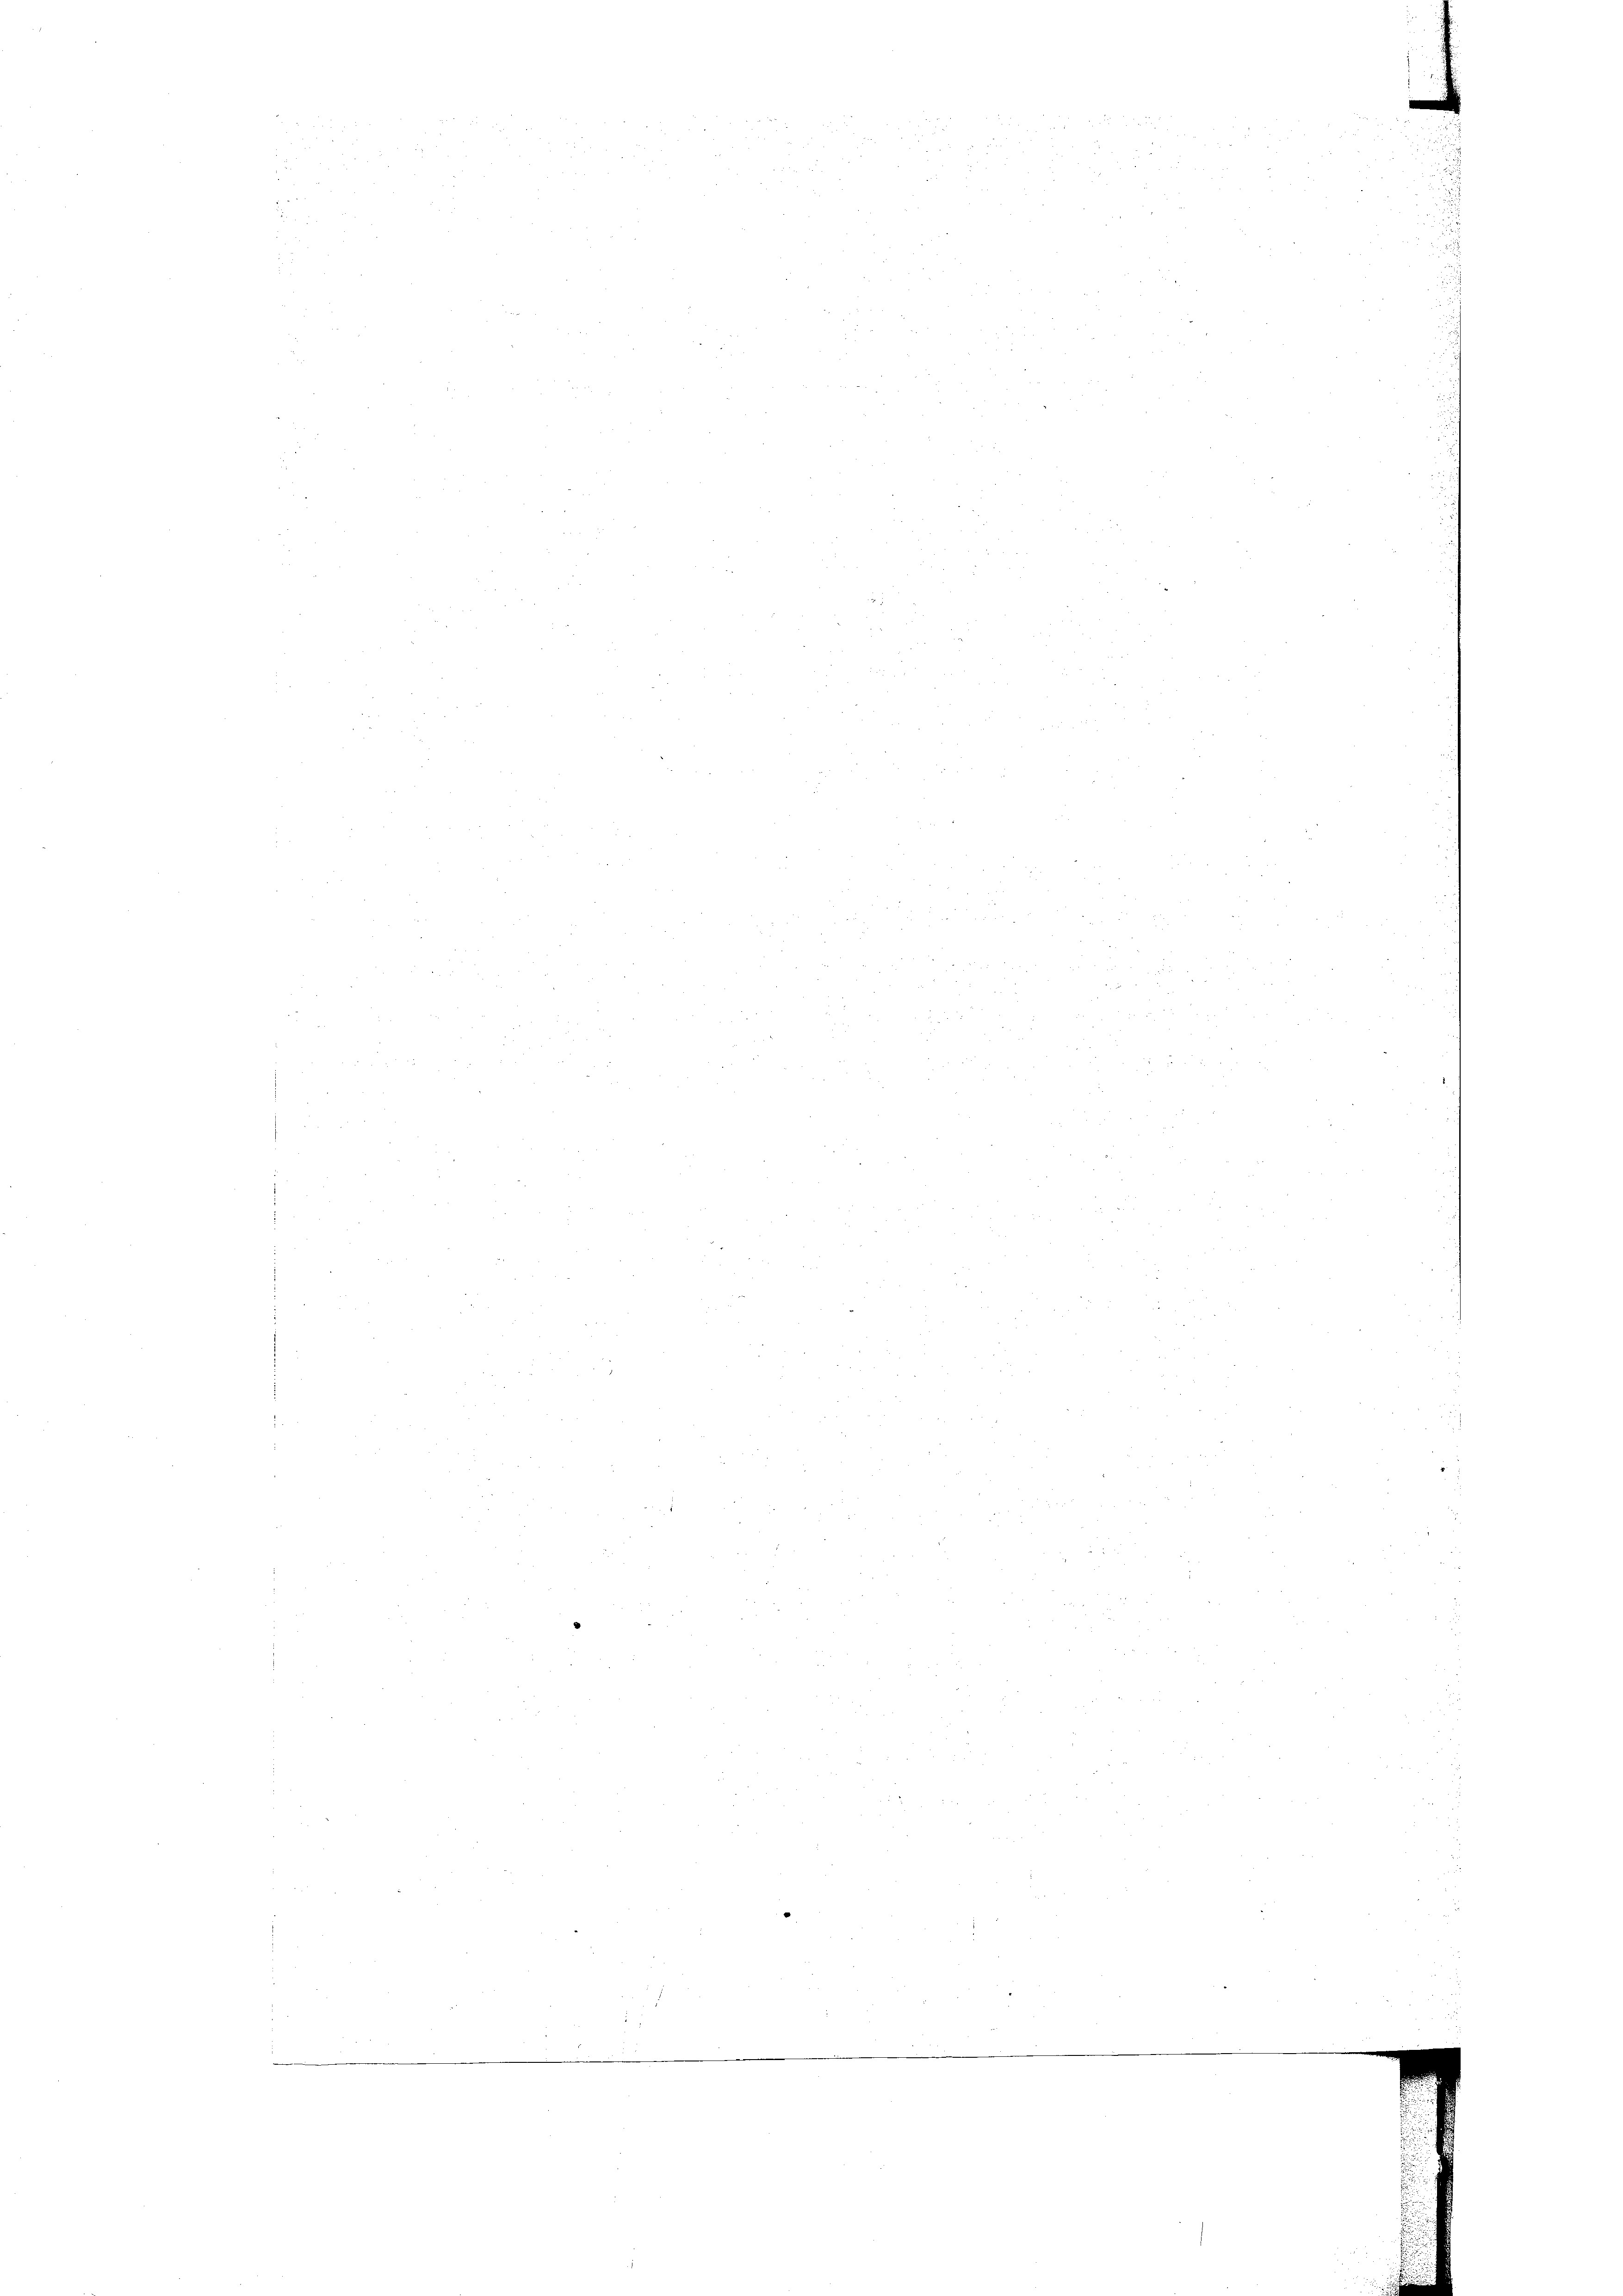
s

55

2

.

2
5

id wen
 35

e
.

.